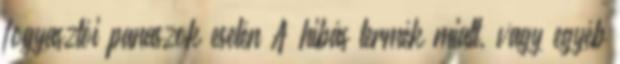
fogyasztói panaszok esetén A hibás termék miatt, vagy egyéb